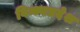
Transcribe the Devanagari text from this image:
विन्ध्यप्रदेश